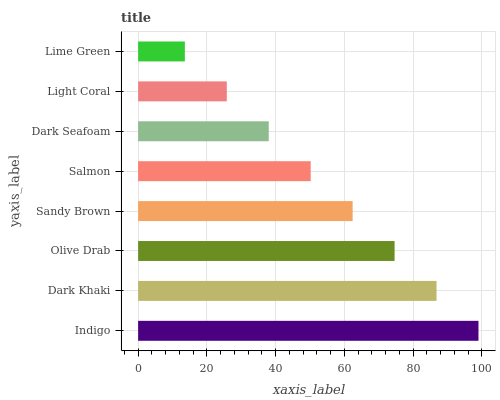
| yaxis_label | bars |
 | --- | --- |
 | Indigo | 99 |
 | Dark Khaki | 86.8 |
 | Olive Drab | 74.6 |
 | Sandy Brown | 62.4 |
 | Salmon | 50.2 |
 | Dark Seafoam | 38 |
 | Light Coral | 25.8 |
 | Lime Green | 13.6 |